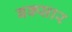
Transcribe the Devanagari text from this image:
बक्सार